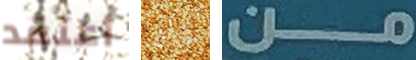
أعتقد حركي من